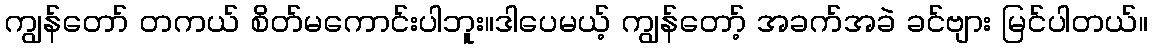
ကျွန်တော် တကယ် စိတ်မကောင်းပါဘူး။ဒါပေမယ့် ကျွန်တော့် အခက်အခဲ ခင်ဗျား မြင်ပါတယ်။